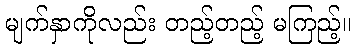
မျက်နှာကိုလည်း တည့်တည့် မကြည့်။